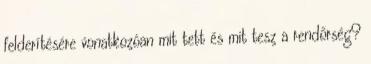
felderítésére vonatkozóan mit tett és mit tesz a rendőrség?